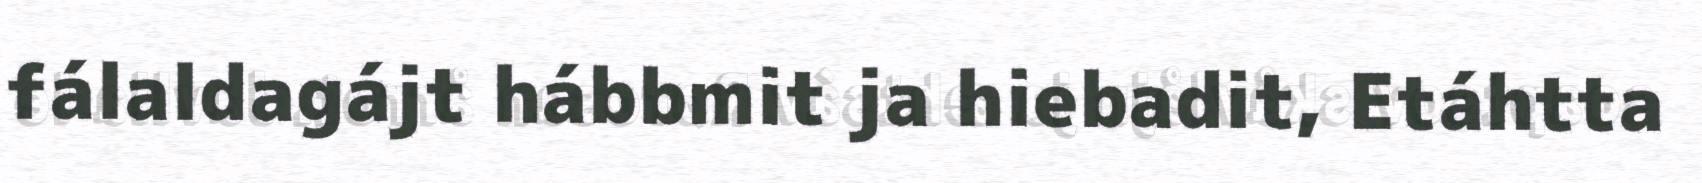
fálaldagájt hábbmit ja hiebadit, Etáhtta